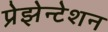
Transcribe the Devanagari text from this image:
प्रेझेन्टेशन